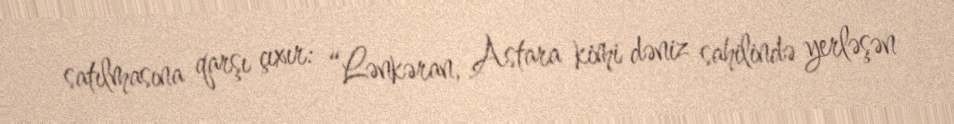
satılmasına qarşı çıxır: “Lənkəran, Astara kimi dəniz sahilində yerləşən